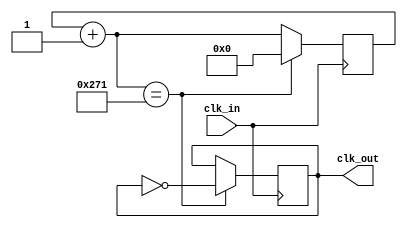
module clk_40_gen(
	input clk_in,
	output reg clk_out
);

reg [11:0] counter; // for reference to 50MHz cycles, resets at 0x271 = 625

initial
begin
	clk_out = 1'b0; // 4kHz clock cycle for binary code transmission
	counter = 12'h000;
end

always @(posedge clk_in)
begin
	counter = counter + 12'h001;
	if (counter == 12'h271)
	begin
		clk_out = ~clk_out;
		counter = 12'h000;
	end	
end

endmodule